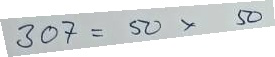
307 = 50 x 50